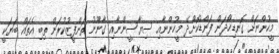
މީހުންނަށް ގޮނޑިހޯދަން ފަންޑުކޮށްދޭ މީހުންނާއި ސިޔާސީންނާއި ގާނޫނު ތަންފީޒުކުރަން ތިބި އެތައް ބަޔަކީ